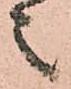
之